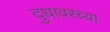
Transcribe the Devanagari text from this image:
दुधावरच्या